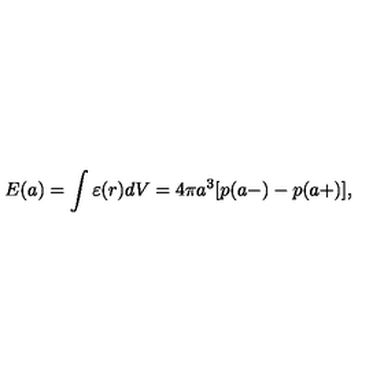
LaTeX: E ( a ) = \int { \varepsilon ( r ) d V } = 4 \pi a ^ { 3 } [ p ( a - ) - p ( a + ) ] ,